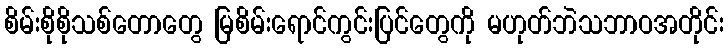
စိမ်းစိုစိုသစ်တောတွေ မြစိမ်းရောင်ကွင်းပြင်တွေကို မဟုတ်ဘဲသဘာဝအတိုင်း